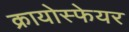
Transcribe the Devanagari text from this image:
क्रायोस्फेयर